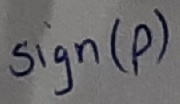
Text: Sign(p)